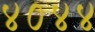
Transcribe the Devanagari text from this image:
४०४४